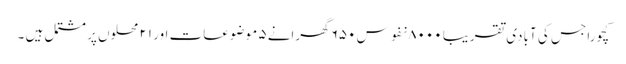
کچورا جس کی آبادی تقریبا ۸۰۰۰ نفوس ۶۵۰ گھرانے ۵ موضوعات اور ۲۱ محلوں پر مشتمل ہیں ۔